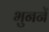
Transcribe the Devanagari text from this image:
भुननें